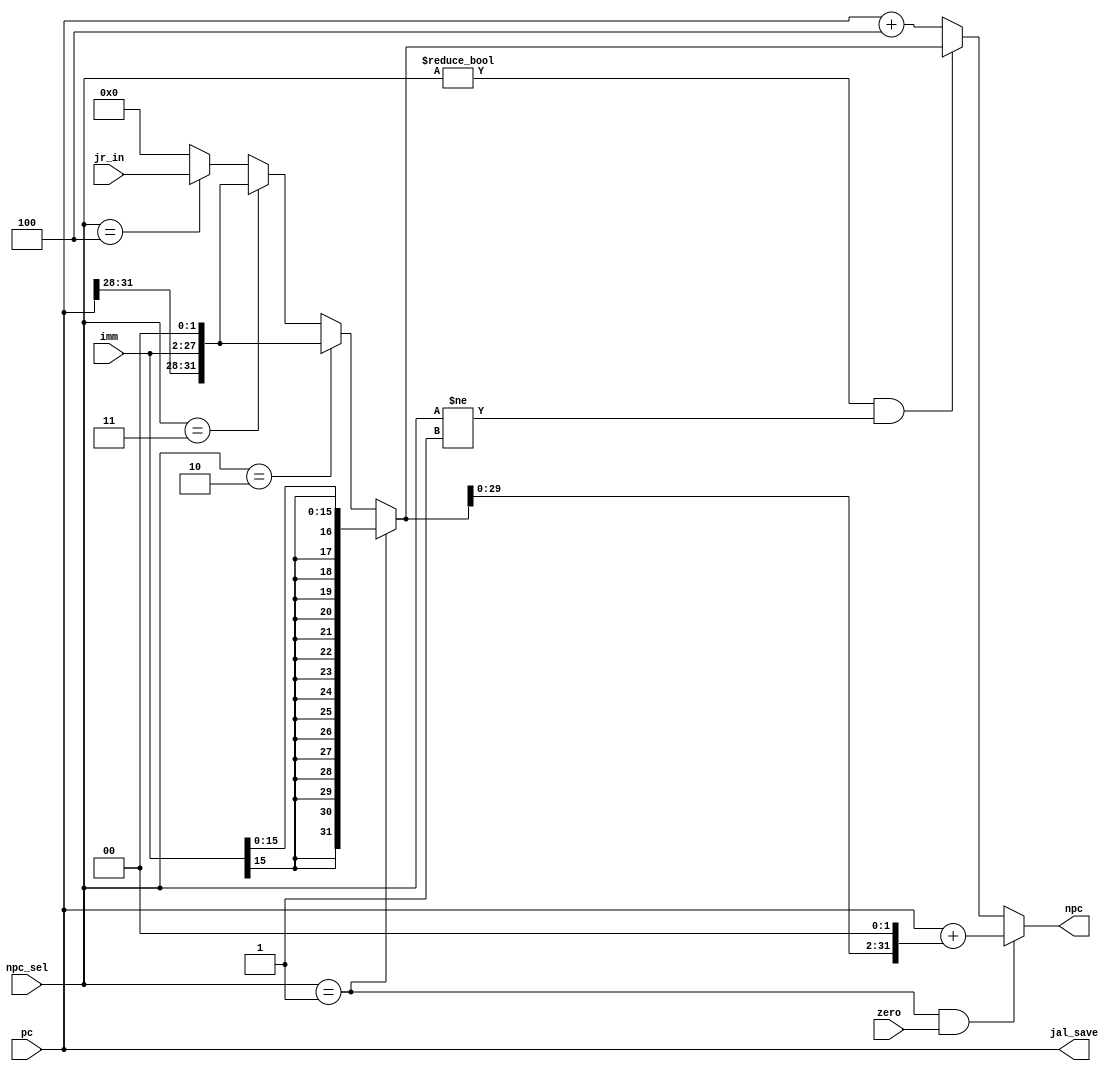
module npc(pc,npc_sel,imm,zero,jr_in,npc,jal_save);
  input zero;
  input [2:0]npc_sel;
  input [25:0] imm;
  input [31:0] pc,jr_in;
  output [31:0] npc;
  output [31:0] jal_save;
  wire [31:0] pcnew,t1,t0,extout;
  wire [31:0]temp;
  reg [31:0]stay;
  
  assign temp=(npc_sel==3'b001)?{{16{imm[15]}},imm[15:0]}://beq
              (npc_sel==3'b010)?{pc[31:28],imm,2'b00}://jal
              (npc_sel==3'b011)?{pc[31:28],imm,2'b00}://j
              (npc_sel==3'b100)?jr_in:32'h00000000;//jr
  
  assign extout=temp<<2;
  assign t0=pc+4;
  assign t1=pc+extout;
  assign jal_save=pc;
  assign npc=(npc_sel==3'b001&&zero)?t1:
              (npc_sel!=3'b000&&npc_sel!=3'b001)?temp:t0;
endmodule